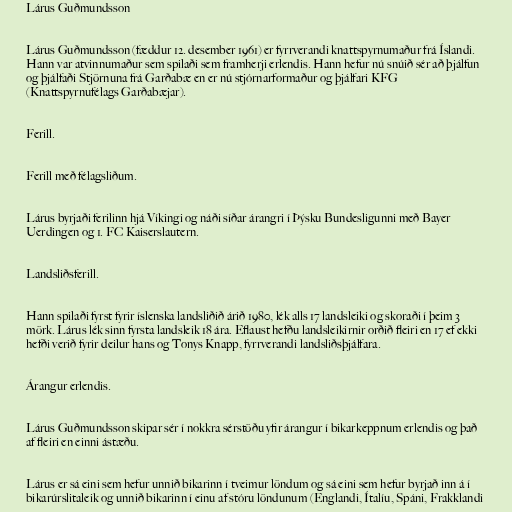
Lárus Guðmundsson

Lárus Guðmundsson (fæddur 12. desember 1961) er fyrrverandi knattspyrnumaður frá Íslandi.
Hann var atvinnumaður sem spilaði sem framherji erlendis. Hann hefur nú snúið sér að þjálfun
og þjálfaði Stjörnuna frá Garðabæ en er nú stjórnarformaður og þjálfari KFG
(Knattspyrnufélags Garðabæjar).

Ferill.

Ferill með félagsliðum.

Lárus byrjaði ferilinn hjá Víkingi og náði síðar árangri í Þýsku Bundesligunni með Bayer
Uerdingen og 1. FC Kaiserslautern.

Landsliðsferill.

Hann spilaði fyrst fyrir íslenska landsliðið árið 1980, lék alls 17 landsleiki og skoraði í þeim 3
mörk. Lárus lék sinn fyrsta landsleik 18 ára. Eflaust hefðu landsleikirnir orðið fleiri en 17 ef ekki
hefði verið fyrir deilur hans og Tonys Knapp, fyrrverandi landsliðsþjálfara.

Árangur erlendis.

Lárus Guðmundsson skipar sér í nokkra sérstöðu yfir árangur í bikarkeppnum erlendis og það
af fleiri en einni ástæðu.

Lárus er sá eini sem hefur unnið bikarinn í tveimur löndum og sá eini sem hefur byrjað inn á í
bikar­úrslitaleik og unnið bikarinn í einu af stóru löndunum (Englandi, Ítalíu, Spáni, Frakklandi